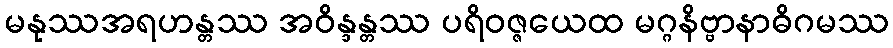
မနုဿအရဟန္တဿ အဝိန္ဒန္တဿ ပရိဝဇ္ဇယေထ မဂ္ဂနိဗ္ဗာနာဓိဂမဿ